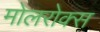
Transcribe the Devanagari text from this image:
मोलरोक्स